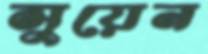
সুয়েন